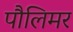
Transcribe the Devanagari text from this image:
पौलिमर